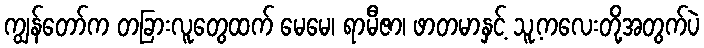
ကျွန်တော်က တခြားလူတွေထက် မေမေ၊ ရာမီဇာ၊ ဖာတမာနှင့် သူ့ကလေးတို့အတွက်ပဲ